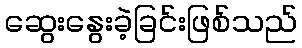
ဆွေးနွေးခဲ့ခြင်းဖြစ်သည်